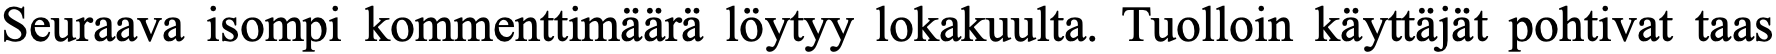
Seuraava isompi kommenttimäärä löytyy lokakuulta. Tuolloin käyttäjät pohtivat taas